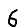
Digit: 6